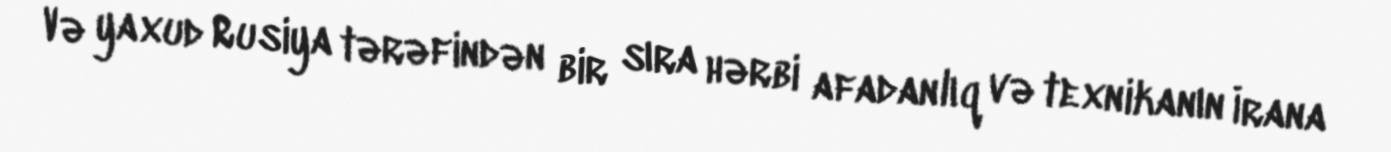
Və yaxud Rusiya tərəfindən bir sıra hərbi afadanlıq və texnikanın İrana